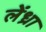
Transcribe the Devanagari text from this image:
लेंध्रा